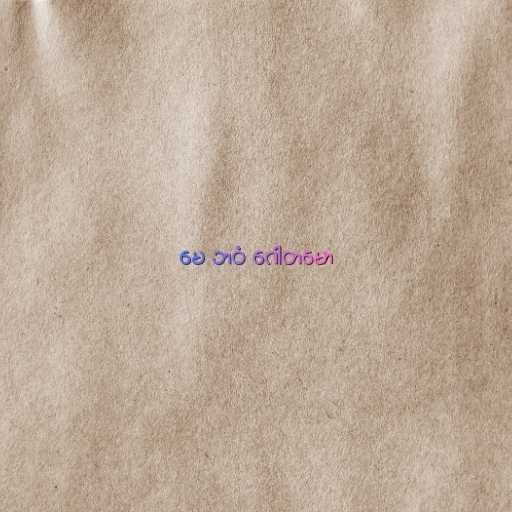
မေ ဘဝံ ဂေါတမော